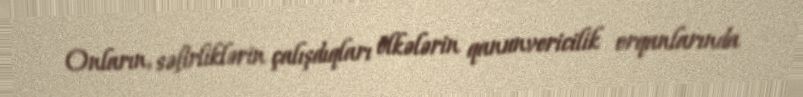
Onların, səfirliklərin çalışdıqları ölkələrin qanunvericilik orqanlarında